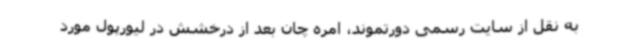
به نقل از سایت رسمی دورتموند، امره چان بعد از درخشش در لیورپول مورد